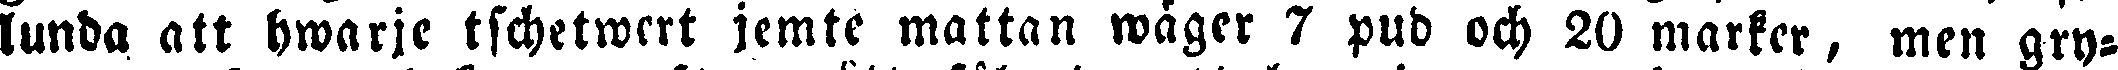
lunda att hwarje tschetwert jemte mattan wåger 7 pud och 20 marker, men gry-